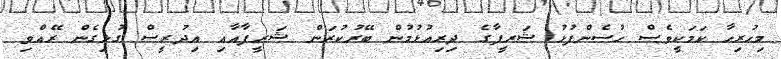
މިހުރިހާ ކަމަކީވެސް ހުސެންފުޅު ޝަރީފާގެ ދިރިއުޅުމުން ބޭރުކުރަން ޝަރީފާއާއި އިދުރީސް ގުޅިގެން ރޭއްވި